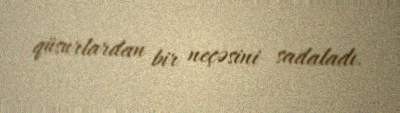
qüsurlardan bir neçəsini sadaladı.